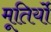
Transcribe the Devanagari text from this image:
मूतिर्यो